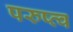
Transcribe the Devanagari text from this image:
परुष्त्व